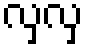
လှလှ